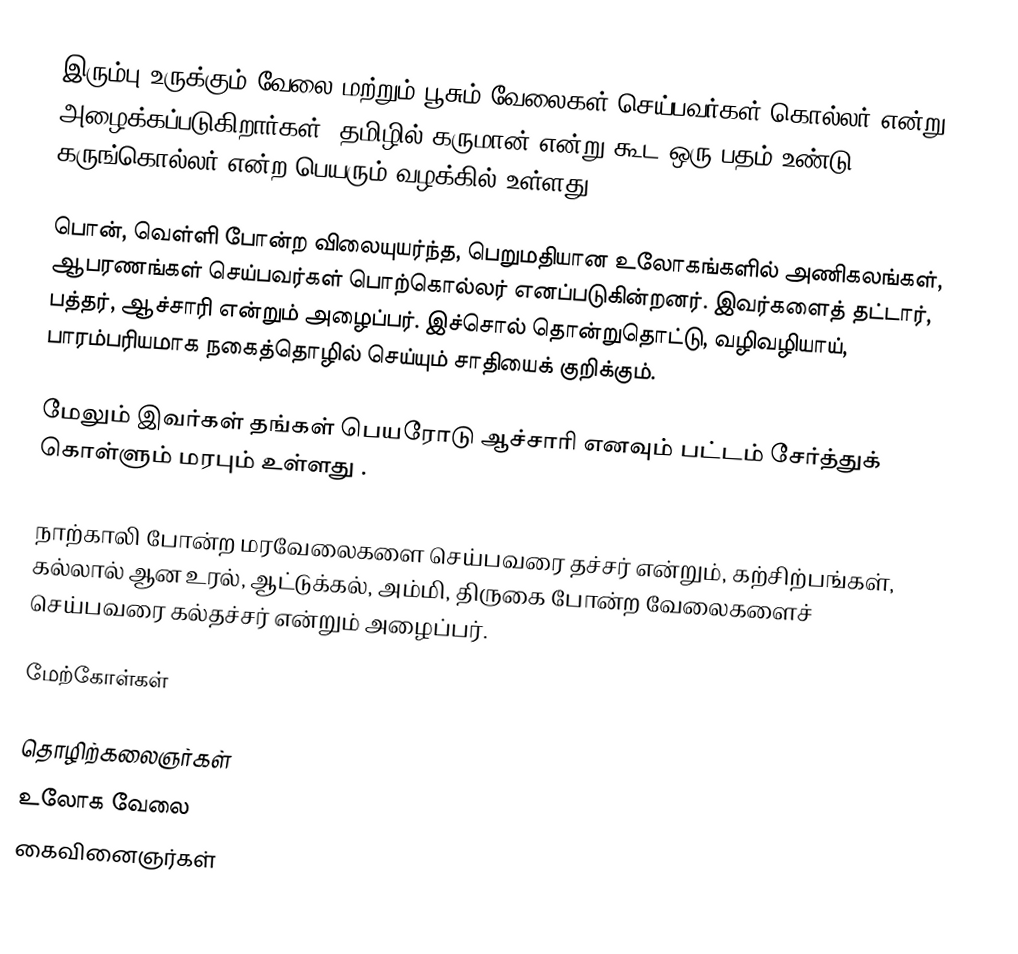
இரும்பு உருக்கும் வேலை மற்றும் பூசும் வேலைகள் செய்பவர்கள் கொல்லர் என்று அழைக்கப்படுகிறார்கள். தமிழில் கருமான் என்று கூட ஒரு பதம் உண்டு. கருங்கொல்லர் என்ற பெயரும் வழக்கில் உள்ளது.

பொன், வெள்ளி போன்ற விலையுயர்ந்த, பெறுமதியான உலோகங்களில் அணிகலங்கள், ஆபரணங்கள் செய்பவர்கள் பொற்கொல்லர் எனப்படுகின்றனர். இவர்களைத் தட்டார், பத்தர், ஆச்சாரி என்றும் அழைப்பர். இச்சொல் தொன்றுதொட்டு, வழிவழியாய், பாரம்பரியமாக நகைத்தொழில் செய்யும் சாதியைக் குறிக்கும்.

மேலும் இவர்கள் தங்கள் பெயரோடு ஆச்சாரி எனவும் பட்டம் சேர்த்துக் கொள்ளும் மரபும் உள்ளது .

நாற்காலி போன்ற மரவேலைகளை செய்பவரை தச்சர் என்றும், கற்சிற்பங்கள், கல்லால் ஆன உரல், ஆட்டுக்கல், அம்மி, திருகை போன்ற வேலைகளைச் செய்பவரை கல்தச்சர் என்றும் அழைப்பர்.

மேற்கோள்கள்

தொழிற்கலைஞர்கள்
உலோக வேலை
கைவினைஞர்கள்